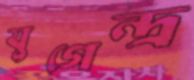
যুগেন্দ্র